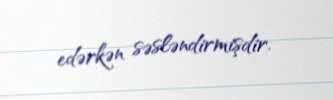
edərkən səsləndirmişdir.